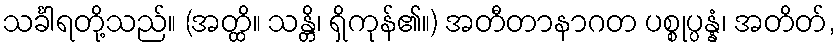
သင်္ခါရတို့သည်။ (အတ္ထိ။ သန္တိ၊ ရှိကုန်၏။) အတီတာနာဂတ ပစ္စုပ္ပန္နံ၊ အတိတ်,